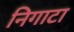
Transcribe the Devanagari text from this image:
निगाटा